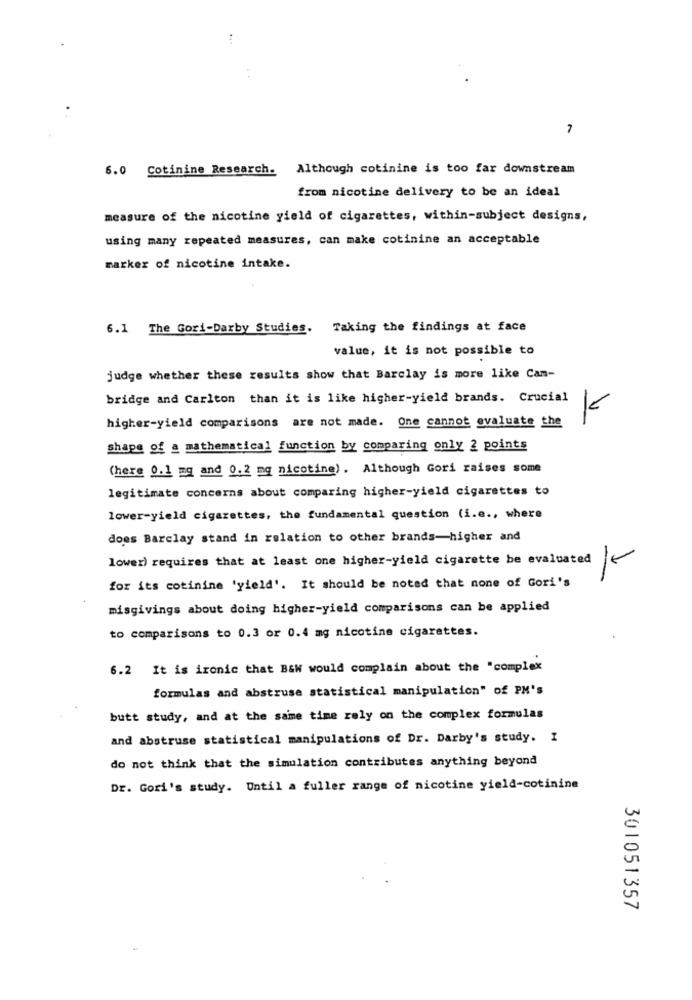
7
6.0 Cotinine Research. Although cotinine is too far downstream
from nicotine delivery to be an ideal
measure of the nicotine yield of cigarettes, within-subject designs,
using many repeated measures, can make cotinine an acceptable
marker of nicotine intake.
6.1 The Gori-Darby Studies. Taking the findings at face
value, it is not possible to
judge whether these results show that Barclay is more like Cam-
bridge and Carlton than it is like higher-yield brands. Crucial
higher-yield comparisons are not made. One cannot evaluate the
shape of a mathematical function by comparing only 2 points
(here 0.1 mg and 0.2 mg nicotine). Although Gori raises some
legitimate concerns about comparing higher-yield cigarettes to
lower-yield cigarettes, the fundamental question (i.e ., where
does Barclay stand in relation to other brands-higher and
lower) requires that at least one higher-yield cigarette be evaluated
K-
for its cotinine 'yield'. It should be noted that none of Gori's
misgivings about doing higher-yield comparisons can be applied
to comparisons to 0.3 or 0.4 mg nicotine cigarettes.
6.2 It is ironic that B&W would complain about the "complex
formulas and abstruse statistical manipulation" of PM's
butt study, and at the same time rely on the complex formulas
and abstruse statistical manipulations of Dr. Darby's study. I
do not think that the simulation contributes anything beyond
Dr. Gori's study. Until a fuller range of nicotine yield-cotinine
301051357